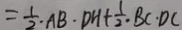
= \frac { 1 } { 2 } \cdot A B \cdot D H + \frac { 1 } { 2 } \cdot B C \cdot D C